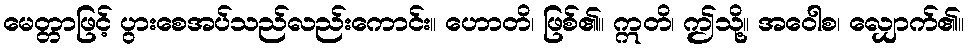
မေတ္တာဖြင့် ပွားစေအပ်သည်လည်းကောင်း။ ဟောတိ၊ ဖြစ်၏။ ဣတိ၊ ဤသို့။ အဝေါစ၊ လျှောက်၏။